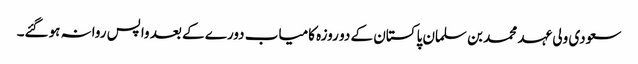
سعودی ولی عہد محمد بن سلمان پاکستان کے دو روزہ کامیاب دورے کے بعد واپس روانہ ہوگئے۔